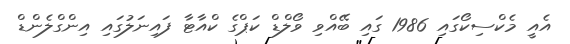
އެއީ މެކްސިކޯގައި 1986 ގައި ބޭއްވި ވޯލްޑް ކަޕްގެ ކްއާޓާ ފައިނަލުގައި އިންގްލެންޑް